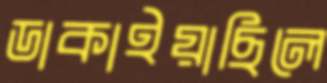
ডাকাইয়াছিলে